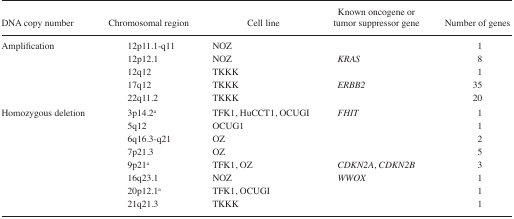
| DNA copy number | Chromosomal region | Cell line | Known oncogene or tumor suppressor gene | Number of genes |
 | --- | --- | --- | --- | --- |
 | <ROWSPAN=5> Amplification | 12p11.1-q11 | NOZ |  | 1 |
 | 12p12.1 | NOZ | KRAS | 8 |
 | 12q12 | TKKK |  | 1 |
 | 17q12 | TKKK | ERBB2 | 35 |
 | 22q11.2 | TKKK |  | 20 |
 | <ROWSPAN=8> Homozygous deletion | 3p14.2a | TFK1, HuCCT1, OCUGI | FHIT | 1 |
 | 5q12 | OCUG1 |  | 1 |
 | 6q16.3-q21 | OZ |  | 2 |
 | 7p21.3 | OZ |  | 5 |
 | 9p21a | TFK1, OZ | CDKN2A, CDKN2B | 3 |
 | 16q23.1 | NOZ | WWOX | 1 |
 | 20p12.1a | TFK1, OCUGI |  | 1 |
 | 21q21.3 | TKKK |  | 1 |